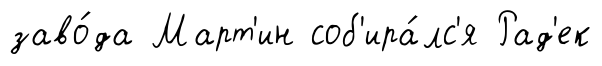
заво́да Март'ин соб'ира́лс'я Рад'ек